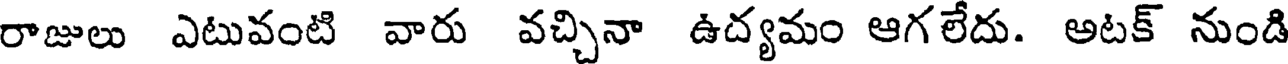
రాజులు ఎటువంటి వారు వచ్చినా ఉద్యమం ఆగలేదు. అటక్ నుండి